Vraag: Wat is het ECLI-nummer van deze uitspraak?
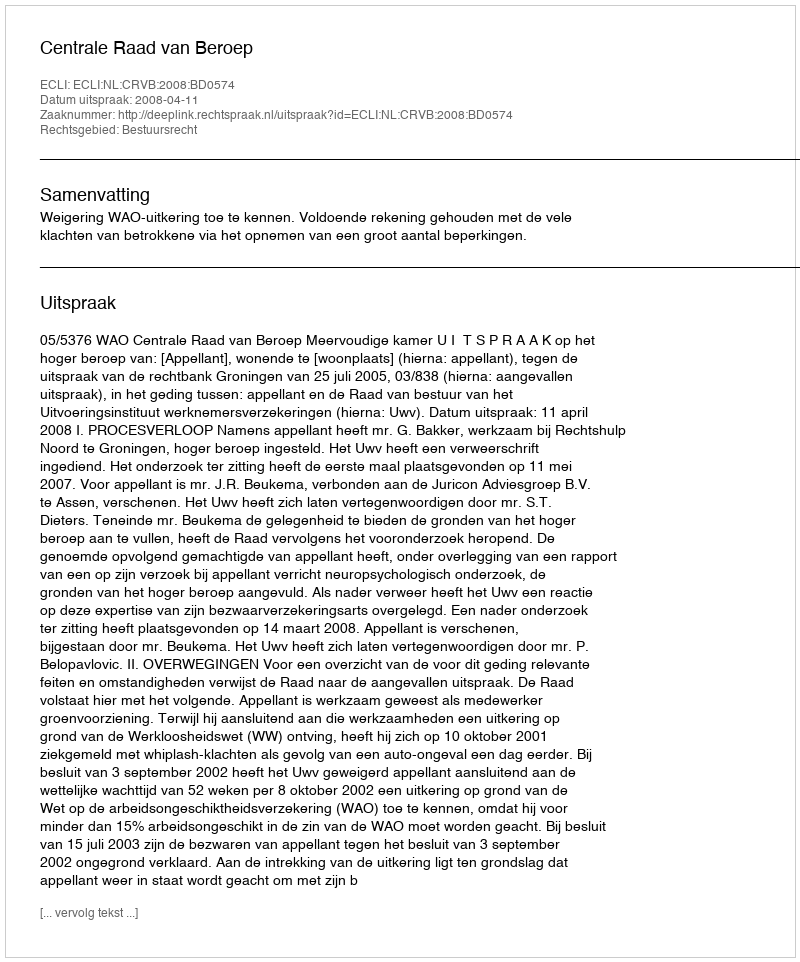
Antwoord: ECLI:NL:CRVB:2008:BD0574